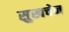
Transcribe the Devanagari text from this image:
सुखचेन